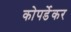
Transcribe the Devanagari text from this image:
कोपर्डेकर